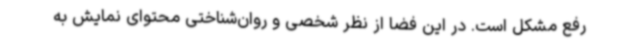
رفع مشکل است. در این فضا از نظر شخصی و روان‌شناختی محتوای نمایش به